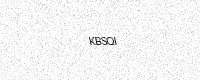
Text: KBSQI